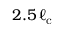
2 . 5 \, \ell _ { \mathrm { c } }